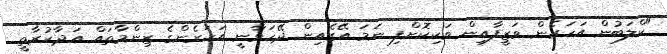
"ކްލަބުން އަހަރެން ވަޒީފާއިން ވަކިކޮށްފި ނަމަ އޭގެއިން ދޭހަވާނީ އަހަރެންގެ ޒިންމާތައް އަދާކުރާތީ